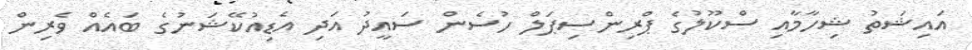
އައިޝަތު ޝިހާމާއި ސްކޫލުގެ ޕްރިންސިޕަލް ހުސެން ސައީދު އަދި އެޑިއުކޭޝަނުގެ ބައެއް ވެރިން